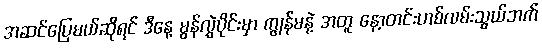
အဆင်ပြေမယ်ဆိုရင် ဒီနေ့ မွန်လွှဲပိုင်းမှာ ကျွန်မနဲ့ အတူ နော့တင်းဟစ်လမ်းသွယ်ဘက်